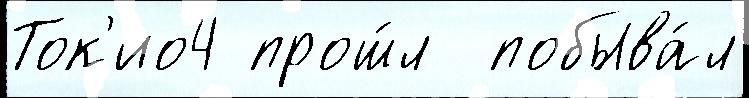
Ток'ио4 прош́л  побыва́л